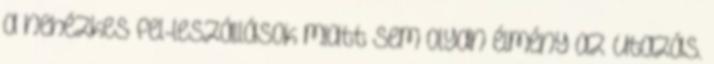
a nehézkes fel-leszállások miatt sem olyan élmény az utazás.